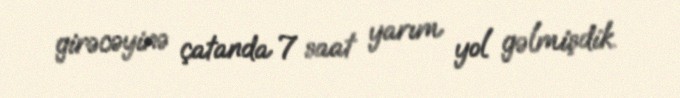
girəcəyinə çatanda 7 saat yarım yol gəlmişdik.